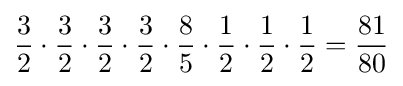
{3 \over 2}\cdot {3 \over 2}\cdot {3 \over 2}\cdot {3 \over 2}\cdot {8 \over 5}\cdot {1 \over 2}\cdot {1 \over 2}\cdot {1 \over 2}={81 \over 80}